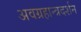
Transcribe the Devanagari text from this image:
अवग्रहान्त्रदर्शन